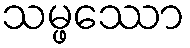
သမ္ဖဿော